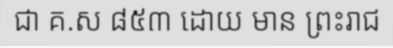
ជា គ.ស ៨៥៣ ដោយ មាន ព្រះរាជ